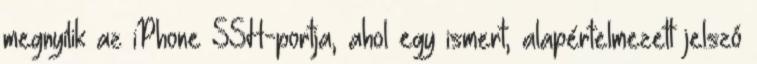
megnyílik az iPhone SSH-portja, ahol egy ismert, alapértelmezett jelszó